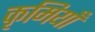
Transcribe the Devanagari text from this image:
कृमियाँ